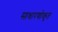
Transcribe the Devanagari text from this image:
साधारणोकृत